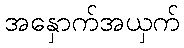
အနှောက်အယှက်